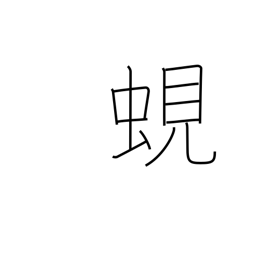
Meaning: fresh-water clam